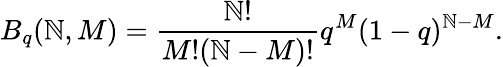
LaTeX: B_{q}(\mathbb{N},M)=\frac{{\mathbb{N}!}}{{M!(\mathbb{N}-M)!}}q^{M}(1-q)^{\mathbb{N}-M}.